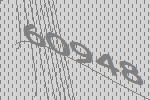
60948